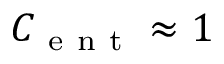
{ \cal { C } } _ { \mathrm { ~ e ~ n ~ t ~ } } \approx 1